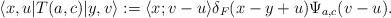
LaTeX: \begin{align*}\langle x,u|T(a,c)|y,v\rangle:=\langle x;v-u\rangle \delta_F(x-y+u)\Psi_{a,c}(v-u).\end{align*}